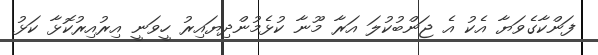
ފަންކާގެވަޔާ އެކު އެ ޖަންބުކުލަ އަރާ މޫނާ ކުޅެމުންދިޔައިރު ހީވަނީ އިރުއިރުކޮޅާ ކަޅު